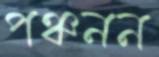
পঞ্চনন